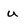
Character: u